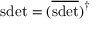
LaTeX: \mathrm { s d e t } = ( \overline { { { \mathrm { s d e t } } } } ) ^ { \dagger }